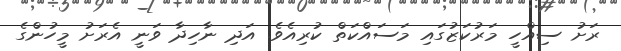
ރަށު ސިއްހީ މަރުކަޒުގައި މަސައްކަތް ކުރިއެވެ. އަދި ނާހިދާ ވަނީ އެރަށު މީހުންގެ